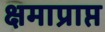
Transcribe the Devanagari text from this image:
क्षमाप्राप्त